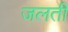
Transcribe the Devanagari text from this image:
जलतीं